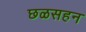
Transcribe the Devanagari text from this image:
छळसहन